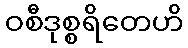
ဝစီဒုစ္စရိတေဟိ